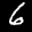
Label: 6